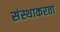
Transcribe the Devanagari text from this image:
संस्थाकरता